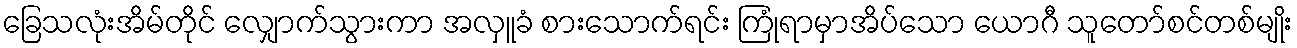
ခြေသလုံးအိမ်တိုင် လျှောက်သွားကာ အလှူခံ စားသောက်ရင်း ကြုံရာမှာအိပ်သော ယောဂီ သူတော်စင်တစ်မျိုး